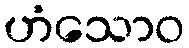
ဟံသောဝ